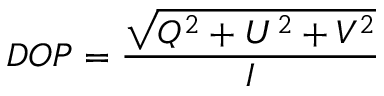
\centering D O P = \frac { \sqrt { Q ^ { 2 } + U ^ { 2 } + V ^ { 2 } } } { I }